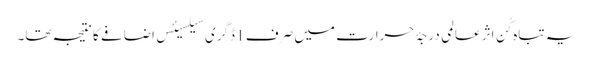
یہ تباہ کُن اثر عالمی درجۂ حرارت میں صرف 1 ڈگری سیلسیئس اضافے کا نتیجہ تھا۔